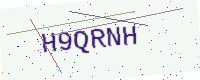
Text: H9QRNH